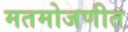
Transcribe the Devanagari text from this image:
मतमोजणीत